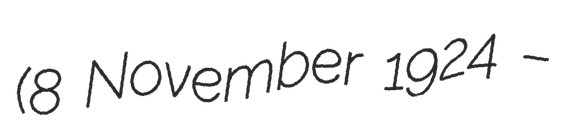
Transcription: (8 November 1924 –